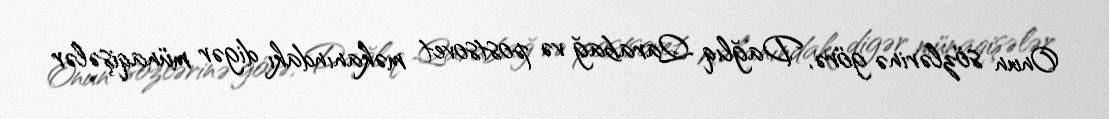
Onun sözlərinə görə, Dağlıq Qarabağ və postsovet məkanındakı digər münaqişələr